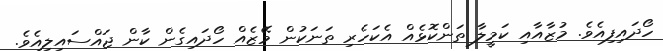
ހޯދައިފިއެވެ. މުޒާއާއި ކަމީލާ ތަންކޮޅެއް އެކަހެރި ތަނަކުން މޭޒެއް ހޯދައިގެން ކާން ޖައްސައިލިއެވެ.